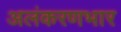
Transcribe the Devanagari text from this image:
अलंकरणभार